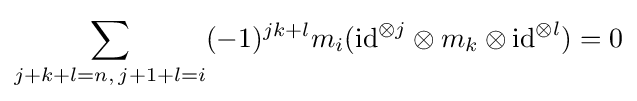
\sum _{j+k+l=n,\,j+1+l=i}(-1)^{jk+l}m_{i}(\mathrm {id} ^{\otimes j}\otimes m_{k}\otimes \mathrm {id} ^{\otimes l})=0